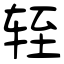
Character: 轾